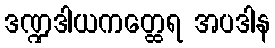
ဒဏ္ဍဒါယကတ္ထေရ အပဒါန